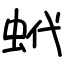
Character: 蚮